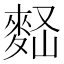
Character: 𪌠